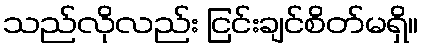
သည်လိုလည်း ငြင်းချင်စိတ်မရှိ။